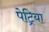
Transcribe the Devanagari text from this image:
पेट्रिया